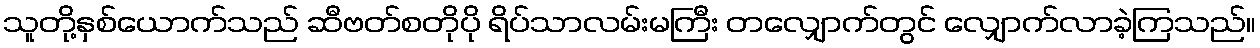
သူတို့နှစ်ယောက်သည် ဆီဗတ်စတိုပို ရိပ်သာလမ်းမကြီး တလျှောက်တွင် လျှောက်လာခဲ့ကြသည်။